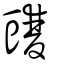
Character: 䝄